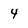
Character: 4